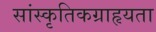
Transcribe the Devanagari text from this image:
सांस्कृतिकग्राहृयता